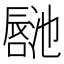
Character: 𪢏